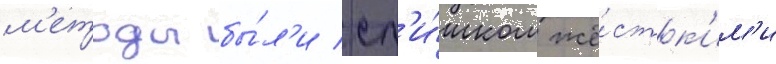
м'етоды бы́л'и сл'и́шком жё́стк'им'и